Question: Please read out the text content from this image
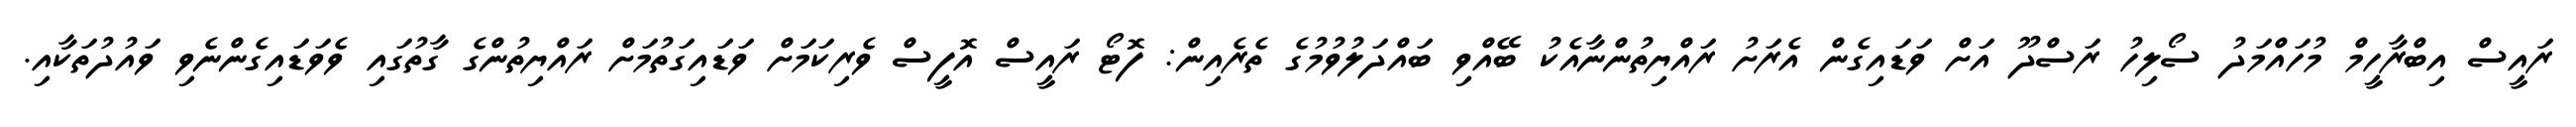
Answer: ރައީސް އިބްރާހީމް މުހައްމަދު ސޯލިހު ރަސްދޫ އަށް ވަޑައިގެން އެރަށު ރައްޔިތުންނާއެކު ބޭއްވި ބައްދަލުވުމުގެ ތެރެއިން: ފޮޓޯ ރައީސް އޮފީސް ވެރިކަމަށް ވަޑައިގަތުމަށް ރައްޔިތުންގެ ގާތުގައި ވެވަޑައިގެންނެވި ވައުދުތަކާއި.